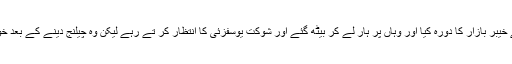
عاجز دھامرا نے خیبر بازار کا دورہ کیا اور وہاں پر ہار لے کر بیٹھ گئے اور شوکت یوسفزئی کا انتظار کر تے رہے لیکن وہ چیلنج دینے کے بعد خود آئے ہی نہیں ۔